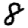
Digit: 8